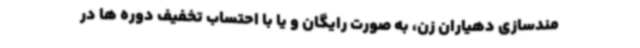
مندسازی دهیاران زن، به صورت رایگان و یا با احتساب تخفیف دوره ها در